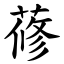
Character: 蓚